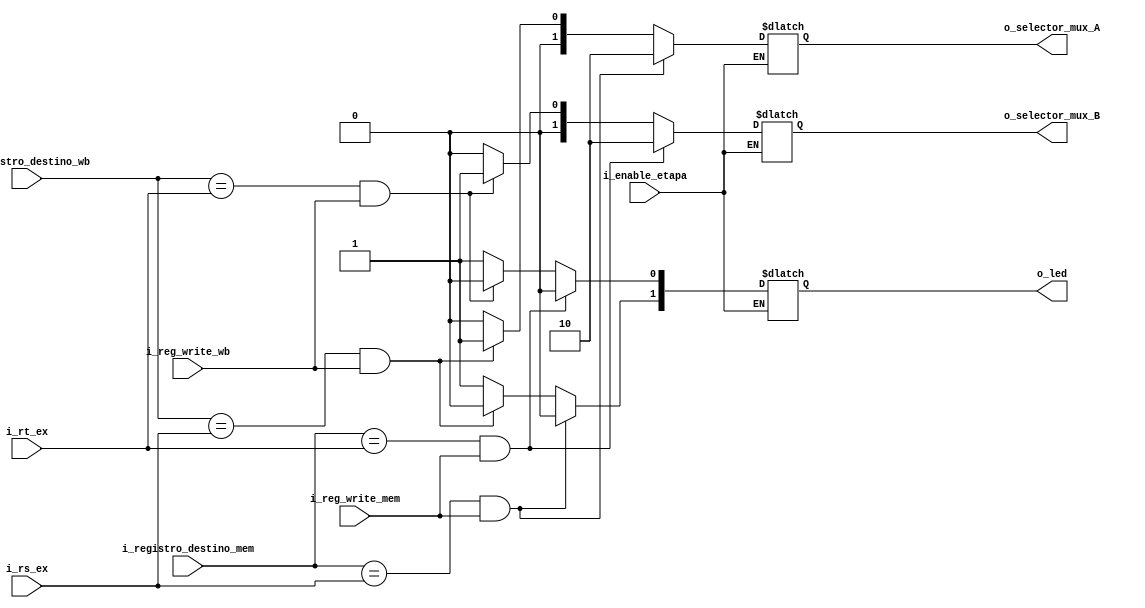
`timescale 1ns / 1ps

//////////////////////////////////////////////////////////////////////////////////////////////////
// Trabajo Practico Nro. 4. MIPS.
// Forwarding unit.
// Integrantes: Kleiner Matias, Lopez Gaston.
// Materia: Arquitectura de Computadoras.
// FCEFyN. UNC.
// Anio 2019.
//////////////////////////////////////////////////////////////////////////////////////////////////

module forwarding_unit
   #(
       
       parameter CANT_BITS_ADDR_REGISTROS = 5,
       parameter CANT_BITS_SELECTOR_MUX = 2
    
    )
   (
       input [CANT_BITS_ADDR_REGISTROS - 1 : 0]  i_rs_ex,
       input [CANT_BITS_ADDR_REGISTROS - 1 : 0]  i_rt_ex,
       input [CANT_BITS_ADDR_REGISTROS - 1 : 0]  i_registro_destino_mem,
       input [CANT_BITS_ADDR_REGISTROS - 1 : 0] i_registro_destino_wb,
       input i_reg_write_mem,
       input i_reg_write_wb,
       input i_enable_etapa,
       output reg [1:0] o_led,


       output reg [CANT_BITS_SELECTOR_MUX - 1 : 0] o_selector_mux_A,
       output reg [CANT_BITS_SELECTOR_MUX - 1 : 0] o_selector_mux_B     
   );

   

    always@(*) begin
        if (i_enable_etapa) begin
            // MUX A
            if ((i_registro_destino_mem == i_rs_ex) && (i_reg_write_mem == 1'b1)) begin
                o_selector_mux_A = 2;  // Forwarding from MEM
                o_led[1] = 0;        
            end
            else if ((i_registro_destino_wb == i_rs_ex) && (i_reg_write_wb == 1'b1)) begin
                o_selector_mux_A = 1;  // Forwarding from WB
                o_led[1] = 0;
            end
            else begin
                o_selector_mux_A = 0;  // Normal
                o_led[1] = 1;
            end

            // MUX B
            if ((i_registro_destino_mem == i_rt_ex) && (i_reg_write_mem == 1'b1)) begin
                o_selector_mux_B = 2;  // Forwarding from MEM   
                o_led[0] = 0;  
            end
            else if ((i_registro_destino_wb == i_rt_ex) && (i_reg_write_wb == 1'b1)) begin
                o_selector_mux_B = 1; // Forwarding from WB 
                o_led [0] = 0;
            end
            else begin
                o_selector_mux_B = 0; // Normal
                o_led [0] = 1;
            end
        end
        else begin
            o_led = o_led;
            o_selector_mux_A = o_selector_mux_A;
            o_selector_mux_B = o_selector_mux_B;
        end

    end
    
endmodule